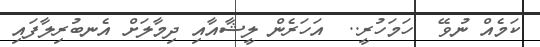
ކަމެއް ނުވޭ  ހަމަހުރީ..  އަހަރެން ލީޝާއާއި ދިމާލަށް އެނބުރިލާފައި